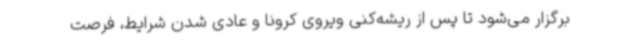
برگزار می‌شود تا پس از ریشه‌کنی ویروی کرونا و عادی شدن شرایط، فرصت